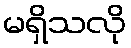
မရှိသလို